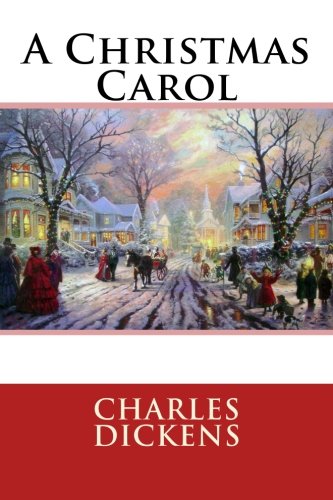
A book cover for A Christmas Carol; Charles Dickens; Literature & Fiction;